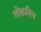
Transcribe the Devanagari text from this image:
लोक्रपिय